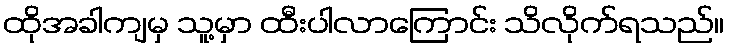
ထိုအခါကျမှ သူ့မှာ ထီးပါလာကြောင်း သိလိုက်ရသည်။